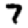
Digit: 7